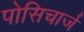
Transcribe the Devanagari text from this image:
पोसिचार्ज